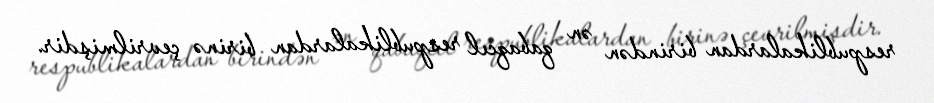
respublikalardan birindən ən qabaqcıl respublikalardan birinə çevrilmişdir.